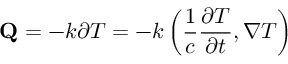
\mathbf { Q } = - k { \boldsymbol { \partial } } T = - k \left( { \frac { 1 } { c } } { \frac { \partial T } { \partial t } } , \nabla T \right)